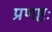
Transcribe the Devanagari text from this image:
प्रणष्टः